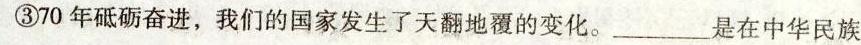
③70年砥砺奋进，我们的国家发生了天翻地覆的变化。___是在中华民族